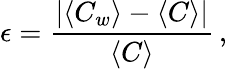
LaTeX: \epsilon=\frac{|\langle C_{w}\rangle-\langle C\rangle|}{\langle C\rangle}\, ,